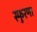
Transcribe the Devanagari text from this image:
स्फुरणा